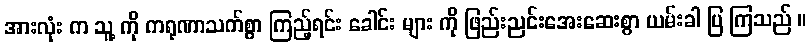
အားလုံး က သူ့ ကို ကရုဏာသက်စွာ ကြည့်ရင်း ခေါင်း များ ကို ဖြည်းညင်းအေးဆေးစွာ ယမ်းခါ ပြ ကြသည် ။